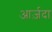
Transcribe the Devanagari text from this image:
आर्ज़दा